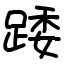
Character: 踒